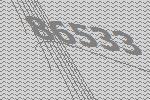
86533